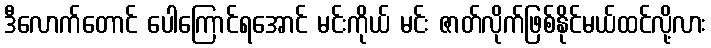
ဒီလောက်တောင် ပေါကြောင်ရအောင် မင်းကိုယ် မင်း ဇာတ်လိုက်ဖြစ်နိုင်မယ်ထင်လို့လား